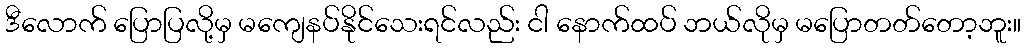
ဒီလောက် ပြောပြလို့မှ မကျေနပ်နိုင်သေးရင်လည်း ငါ နောက်ထပ် ဘယ်လိုမှ မပြောတတ်တော့ဘူး။